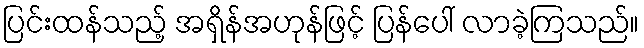
ပြင်းထန်သည့် အရှိန်အဟုန်ဖြင့် ပြန်ပေါ် လာခဲ့ကြသည်။